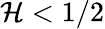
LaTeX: \mathcal{H}<1/2